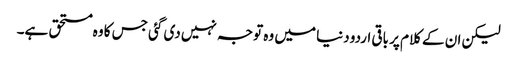
لیکن ان کے کلام پر باقی اردو دنیا میں وہ توجہ نہیں دی گئی جس کا وہ مستحق ہے۔